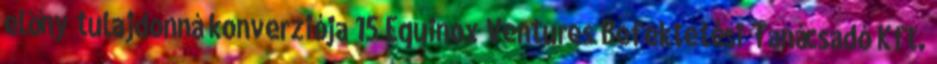
előny tulajdonná konverziója 15 Equinox Ventures Befektetési Tanácsadó Kft.